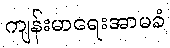
ကျန်းမာရေးအာမခံ